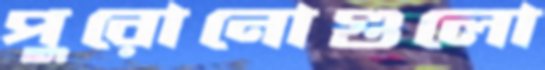
পুরোনোগুলো